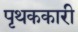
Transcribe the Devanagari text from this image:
पृथककारी